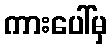
ကားပေါ်မှ